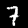
Label: 7